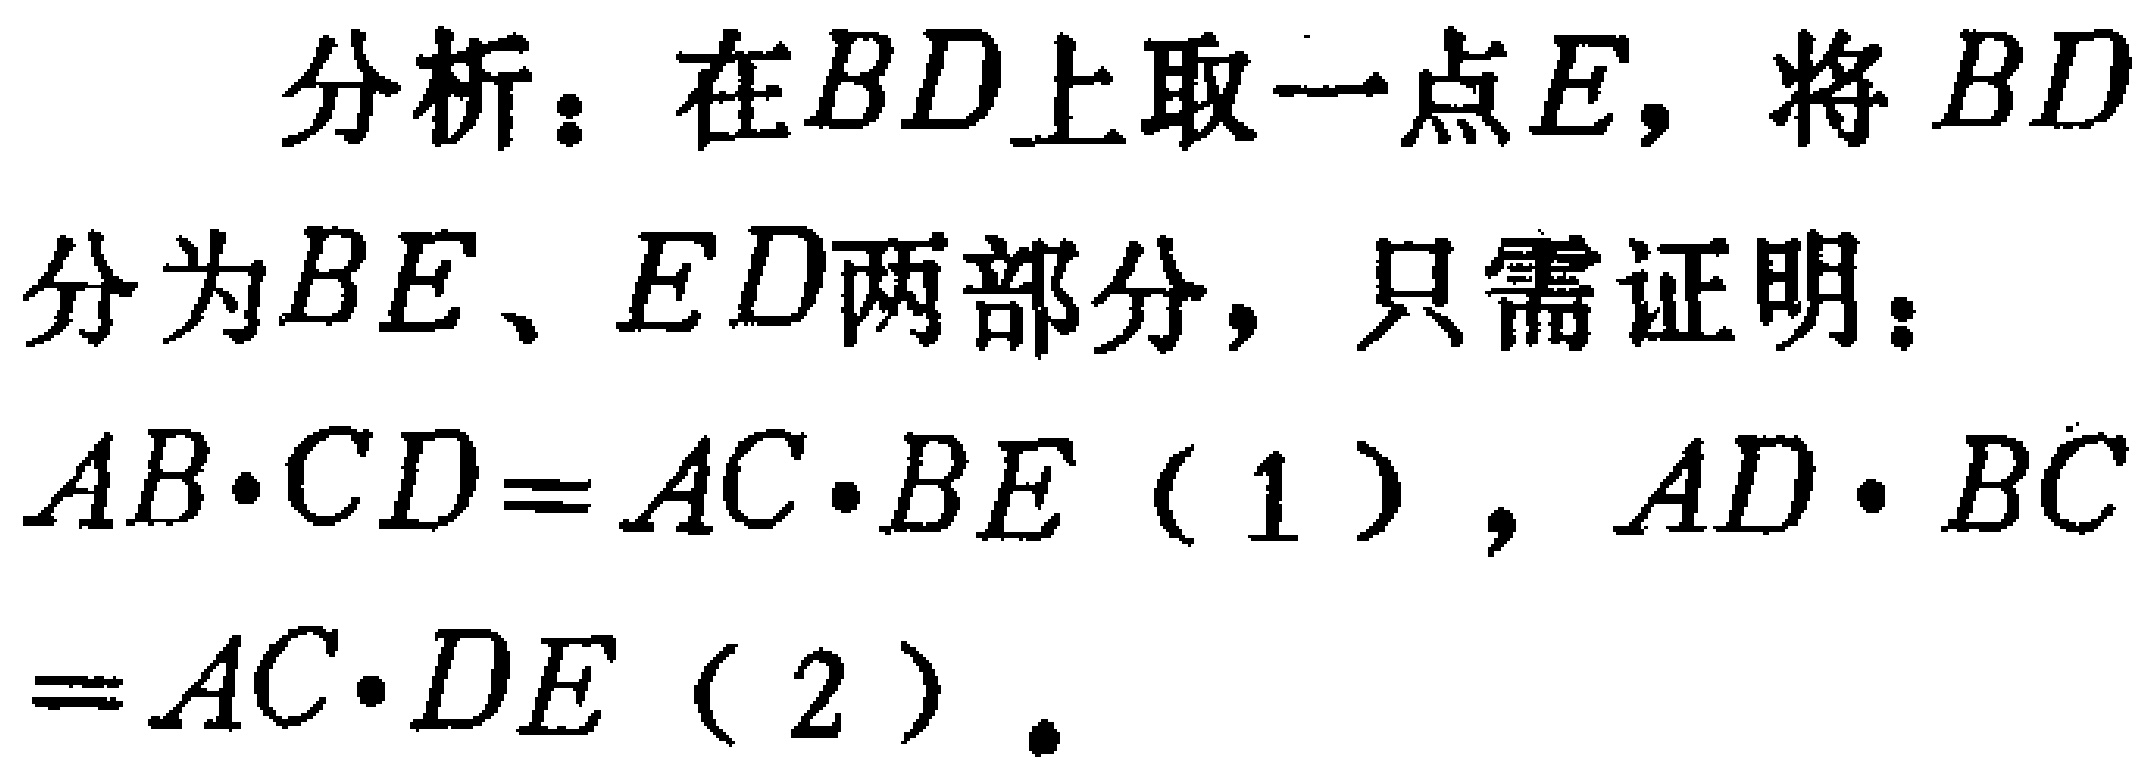
分析：在\(BD\)上取一点\(E\)，将\(BD\)分为\(BE\)、\(ED\)两部分，只需证明：

\(AB\cdot CD = AC\cdot BE\)（1），\(AD\cdot BC=AC\cdot DE\)（2）.